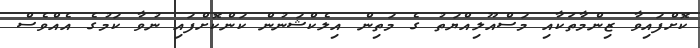
ކޮށްފައިވާ ޒިންމާތަކާއި މަސްއޫލިއްޔަތު ގެ މަތިން އިލެކްޝަނުން ކަންކޮށްފައި ނުވާ ކަމުގެ އެއްވެސް